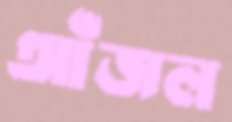
আঁজল